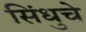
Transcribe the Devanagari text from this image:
सिंधुचे